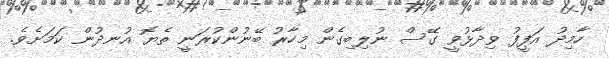
ހާމިދު އަފީފު ވިދާޅުވީ ގޭސް ނުލިބިގެން މިހާރު ބޭނުންކުރަނީ ތެޔޮ އުނދުން ކަމަށެވެ.